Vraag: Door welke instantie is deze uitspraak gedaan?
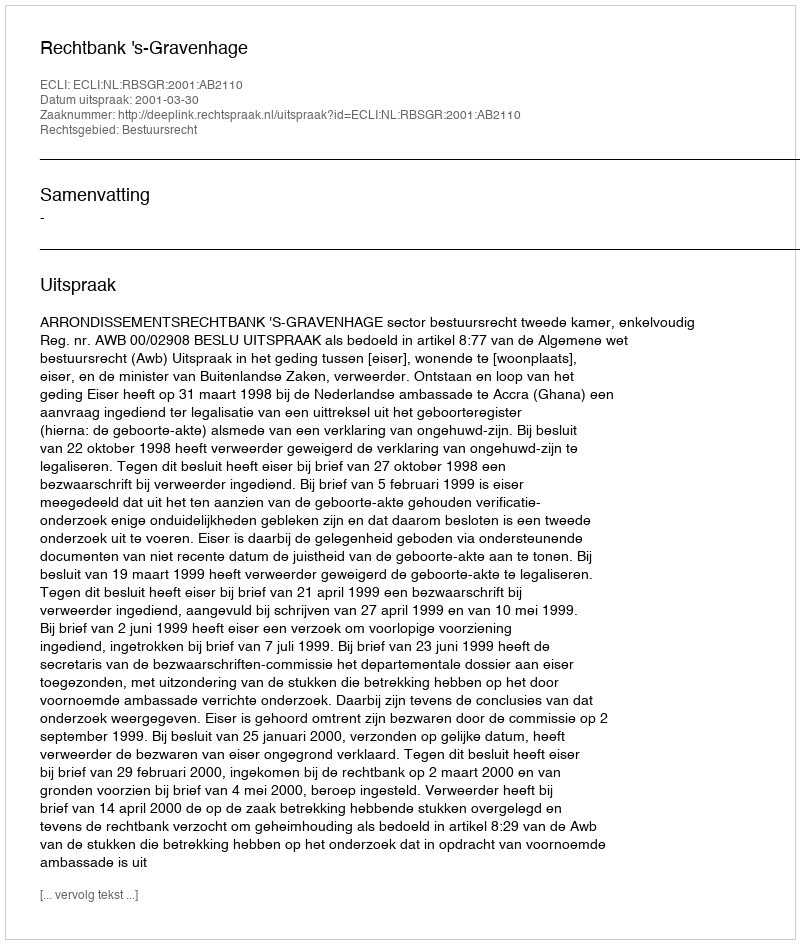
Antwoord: Rechtbank 's-Gravenhage